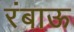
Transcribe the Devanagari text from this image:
रंबाऊ